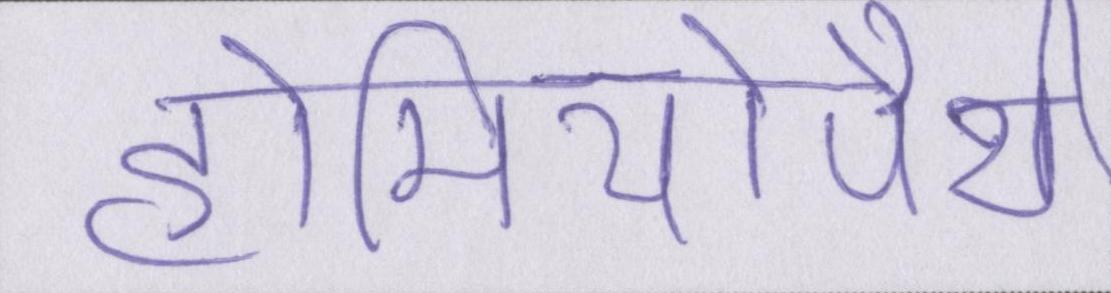
होमियोपैथी